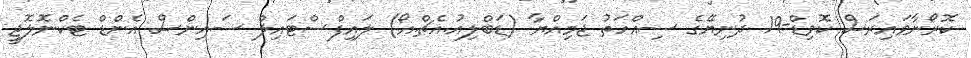
ކޮރޯނާވައިރަސް ކޮވިޑް-19 ދުނިޔޭގެ ސިއްހަތު ޖަމިއްޔާ (ޑަބްލިއު.އެޗް.އޯ) ލައިފްސްޓައިލް ސައިންސް އެންޑް ޓެކްނޮލޮޖީ